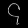
Digit: ၄